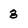
Character: 3